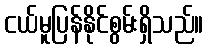
ငယ်မူပြန်နိုင်စွမ်းရှိသည်။